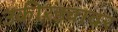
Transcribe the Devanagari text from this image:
उकीरड्यावर